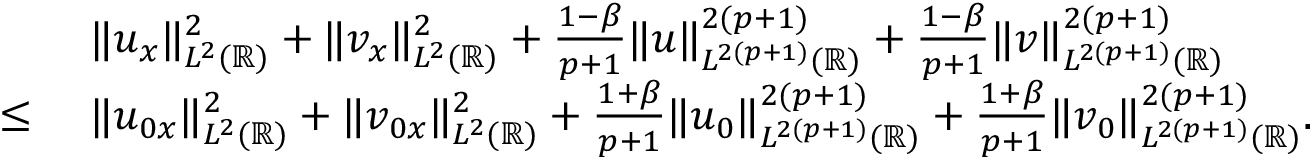
\begin{array} { r l } & { \| u _ { x } \| _ { L ^ { 2 } ( \mathbb { R } ) } ^ { 2 } + \| v _ { x } \| _ { L ^ { 2 } ( \mathbb { R } ) } ^ { 2 } + \frac { 1 - \beta } { p + 1 } \| u \| _ { L ^ { 2 ( p + 1 ) } ( \mathbb { R } ) } ^ { 2 ( p + 1 ) } + \frac { 1 - \beta } { p + 1 } \| v \| _ { L ^ { 2 ( p + 1 ) } ( \mathbb { R } ) } ^ { 2 ( p + 1 ) } } \\ { \leq \ } & { \| u _ { 0 x } \| _ { L ^ { 2 } ( \mathbb { R } ) } ^ { 2 } + \| v _ { 0 x } \| _ { L ^ { 2 } ( \mathbb { R } ) } ^ { 2 } + \frac { 1 + \beta } { p + 1 } \| u _ { 0 } \| _ { L ^ { 2 ( p + 1 ) } ( \mathbb { R } ) } ^ { 2 ( p + 1 ) } + \frac { 1 + \beta } { p + 1 } \| v _ { 0 } \| _ { L ^ { 2 ( p + 1 ) } ( \mathbb { R } ) } ^ { 2 ( p + 1 ) } . } \end{array}